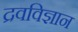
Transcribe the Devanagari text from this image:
द्रवविज्ञान